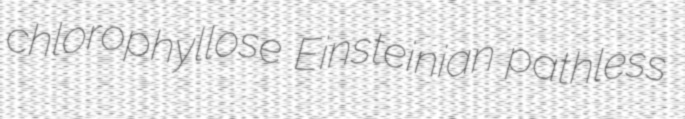
chlorophyllose Einsteinian pathless